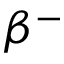
\beta ^ { - }